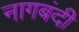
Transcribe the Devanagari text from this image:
नागबंदी